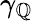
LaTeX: \gamma_{\mathbb{Q}}